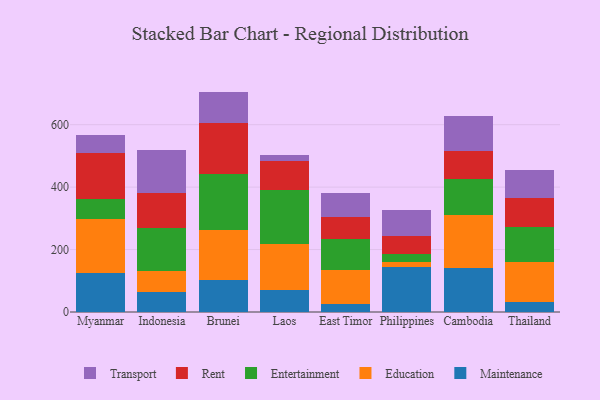
{"axis": {"x": "Country", "y": "Inventory Turnover"}, "legend": ["Education", "Entertainment", "Maintenance", "Rent", "Transport"], "data": [{"x": "Myanmar", "y": 123.5, "type": "Maintenance"}, {"x": "Myanmar", "y": 175.5, "type": "Education"}, {"x": "Myanmar", "y": 61.5, "type": "Entertainment"}, {"x": "Myanmar", "y": 149.4, "type": "Rent"}, {"x": "Myanmar", "y": 57.3, "type": "Transport"}, {"x": "Indonesia", "y": 63.9, "type": "Maintenance"}, {"x": "Indonesia", "y": 65.9, "type": "Education"}, {"x": "Indonesia", "y": 140.1, "type": "Entertainment"}, {"x": "Indonesia", "y": 112.7, "type": "Rent"}, {"x": "Indonesia", "y": 135.3, "type": "Transport"}, {"x": "Brunei", "y": 103.5, "type": "Maintenance"}, {"x": "Brunei", "y": 158.7, "type": "Education"}, {"x": "Brunei", "y": 179.4, "type": "Entertainment"}, {"x": "Brunei", "y": 162.3, "type": "Rent"}, {"x": "Brunei", "y": 102.0, "type": "Transport"}, {"x": "Laos", "y": 70.0, "type": "Maintenance"}, {"x": "Laos", "y": 147.7, "type": "Education"}, {"x": "Laos", "y": 172.3, "type": "Entertainment"}, {"x": "Laos", "y": 93.8, "type": "Rent"}, {"x": "Laos", "y": 18.4, "type": "Transport"}, {"x": "East Timor", "y": 24.1, "type": "Maintenance"}, {"x": "East Timor", "y": 111.1, "type": "Education"}, {"x": "East Timor", "y": 98.6, "type": "Entertainment"}, {"x": "East Timor", "y": 71.7, "type": "Rent"}, {"x": "East Timor", "y": 74.9, "type": "Transport"}, {"x": "Philippines", "y": 142.7, "type": "Maintenance"}, {"x": "Philippines", "y": 17.0, "type": "Education"}, {"x": "Philippines", "y": 27.3, "type": "Entertainment"}, {"x": "Philippines", "y": 55.3, "type": "Rent"}, {"x": "Philippines", "y": 84.4, "type": "Transport"}, {"x": "Cambodia", "y": 142.5, "type": "Maintenance"}, {"x": "Cambodia", "y": 168.6, "type": "Education"}, {"x": "Cambodia", "y": 115.1, "type": "Entertainment"}, {"x": "Cambodia", "y": 90.4, "type": "Rent"}, {"x": "Cambodia", "y": 110.1, "type": "Transport"}, {"x": "Thailand", "y": 32.4, "type": "Maintenance"}, {"x": "Thailand", "y": 126.6, "type": "Education"}, {"x": "Thailand", "y": 113.9, "type": "Entertainment"}, {"x": "Thailand", "y": 92.8, "type": "Rent"}, {"x": "Thailand", "y": 89.6, "type": "Transport"}]}